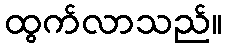
ထွက်လာသည်။